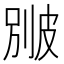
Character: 𤿱